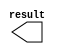
module titles3_x2 (
	result);

	output	[10:0]  result;

endmodule